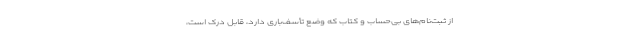
از ثبت‌نام‌های بی‌حساب و کتاب که وضع تأسف‌باری دارد، قابل درک است،